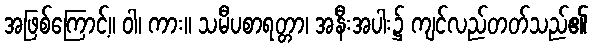
အဖြစ်ကြောင့်။ ဝါ၊ ကား။ သမီပစာရတ္တာ၊ အနီးအပါး၌ ကျင်လည်တတ်သည်၏